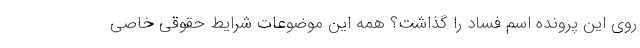
روی این پرونده اسم فساد را گذاشت؟ همه این موضوعات شرایط حقوقی خاصی